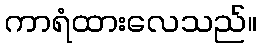
ကာရံထားလေသည်။